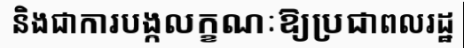
និងជាការបង្កលក្ខណៈឱ្យប្រជាពលរដ្ឋ